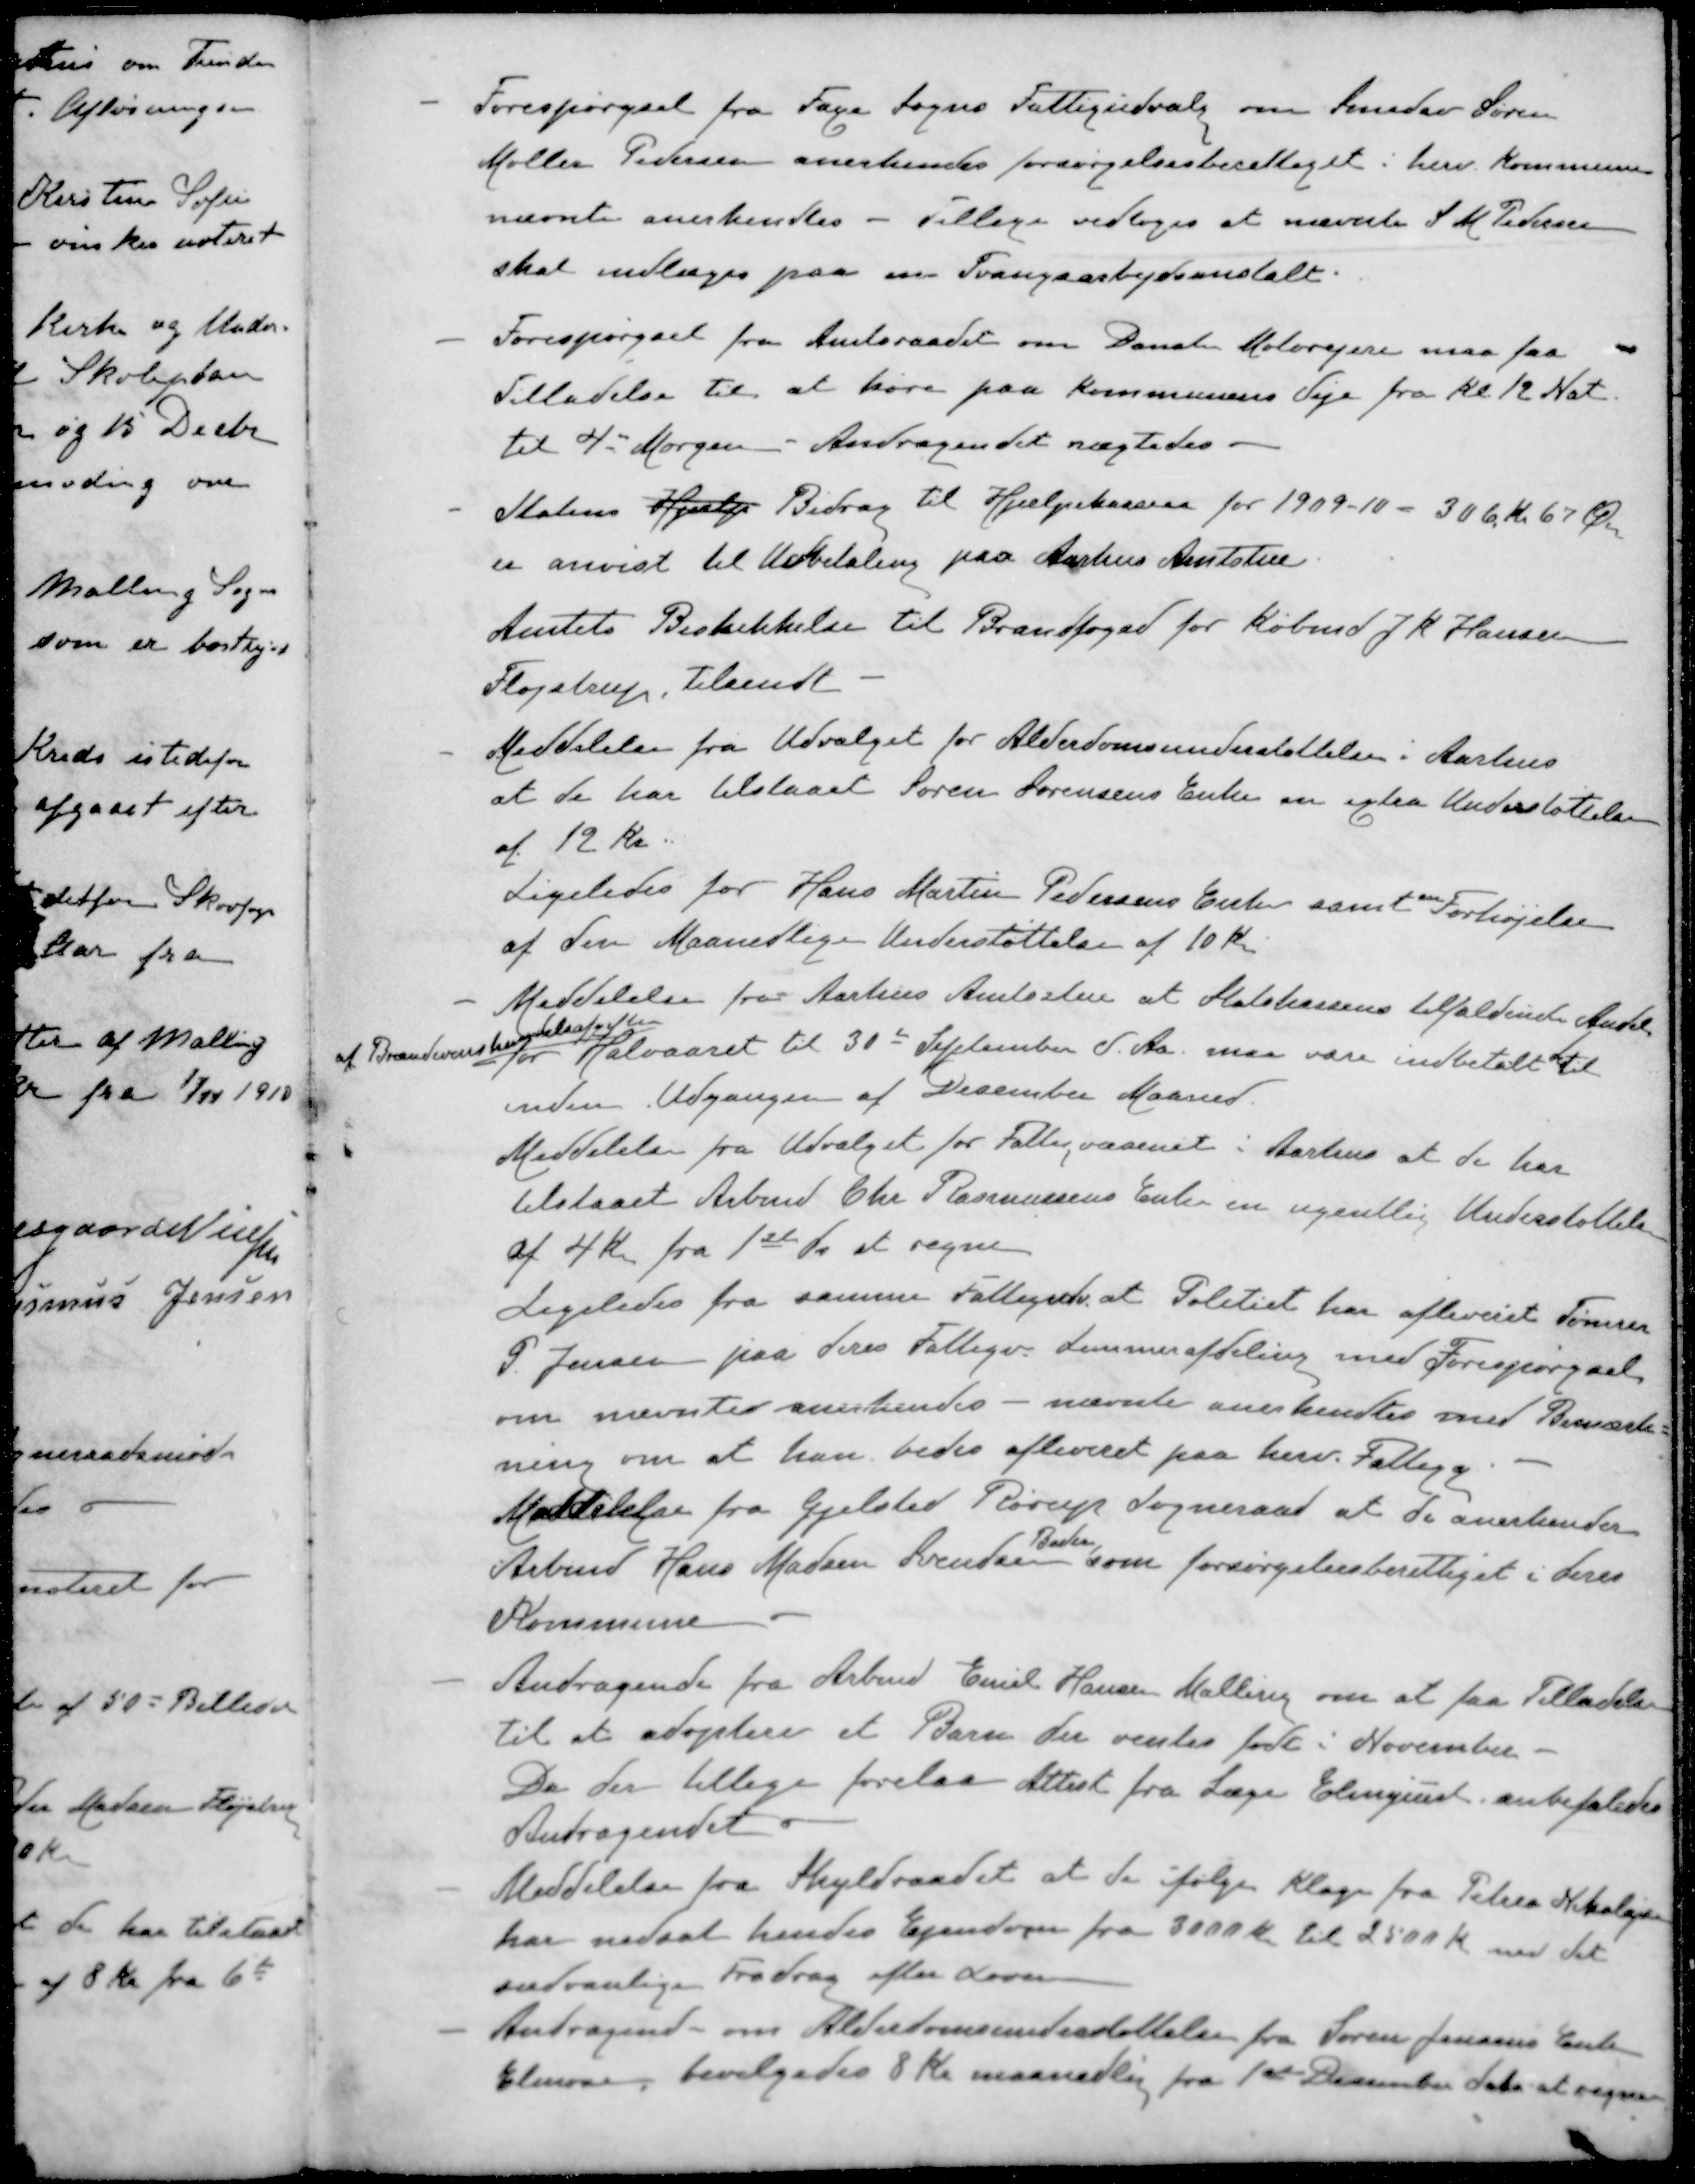
Transskription:
- Forespørgsel fra Faxe Sogns Fattigudvalg om Smedsv Søren
Møller Pedersen anerkendes forsørgelsesberettiget i herv. Kommune
nævnte anerkendtes - Tillige vedtoges at nævnte S M Pedersen
skal indlæges paa en Tvangsarbejdsanstalt.
- Forespørgsel fra Amtsraadet om Danske Motorejere maa faa
Tilladelse til at høre paa Kommunens Veje fra Kl. 12 Nat.
til 4 - Morgen. Andragendet nægtedes
- Statens Hjælp Bidrag til Hjælpekassen for 1909-10 - 306 Kr 67 Øre
er anvist til Udbetaling paa Aarhus Amtstue
Amtets Bestikkelse til Brandfoged for Købmd J K Hansen
Fløjstrup, tilsendt
- Meddelelse fra Udvalget for Alderdomsunderstøttelse i Aarhus
at de har tilstaaet Søren Sørensens Enke en extra Understøttelse
af 12 kr.
Ligeledes for Hans Martin Pedersens Enke samt en Forhøjelse
af den Maanedlige Understøttelse af 10 Kr.
- Meddelelse fra Aarhus Amtsstue at Statskassens tilfaldende Andel
af Brændevinshandelsafgiften
for Halvaaret til 30de September d. Aa. maa være indbetalt til
inden Udgangen af December Maaned.
Meddelelse fra Udvalget for Fattigvæsenet i Aarhus at de har
tilstaaet Arbmd. Chr. Rasmussens Enke en ugentlig Understøttelse
af 4 Kr fra 1ste ds at regne
Ligeledes fra samme Fattigudv at Politiet har afleveret Tømrer
P. Jensen paa deres Fattigv. Lemmerafdeling med Forespørgsel
om nævntes anerkendes - nævnte anerkendtes med Bemærk=
ning om at han bedes afleveret paa herv. Fattigg
Meddelelse fra Gjelsted Rørup Sogneraad at de anerkender
Beder
Arbmd Hans Madsen Svendsen som forsørgelsesberettiget i deres
Kommune
- Andragende fra Arbmd. Emil Hansen Malling om at faa Tilladelse
til at adoptere et Barn der ventes født i November -
Da der tillige forelaa Attest fra Læge Elmquist anbefaledes
Andragendet
- Meddelelse fra Skyldraadet at de ifølge Klage fra Petrea Nikolajsen
har nedsat hendes Ejendom fra 3000 Kr til 2500 Kr med det
sædvanlige Fradrag efter Loven
- Andragende om Alderdomsunderstøttelse fra Søren Jensens Enke
Elmose, bevilgedes 8 Kr maanedlig fra 1ste December det at regne